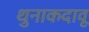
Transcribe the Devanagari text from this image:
थुनाकदावू